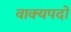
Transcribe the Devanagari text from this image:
वाक्यपदों